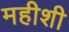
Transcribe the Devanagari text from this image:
महीशी